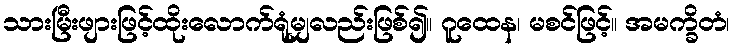
သားမြီးဖျားဖြင့်ထိုးလောက်ရုံမျှလည်းဖြစ်၍။ ဂူထေန၊ မစင်ဖြင့်။ အမက္ခိတံ၊